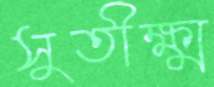
সুতীক্ষ্ম